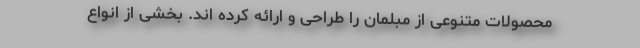
محصولات متنوعی از مبلمان را طراحی و ارائه کرده اند. بخشی از انواع